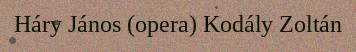
Háry János (opera) Kodály Zoltán